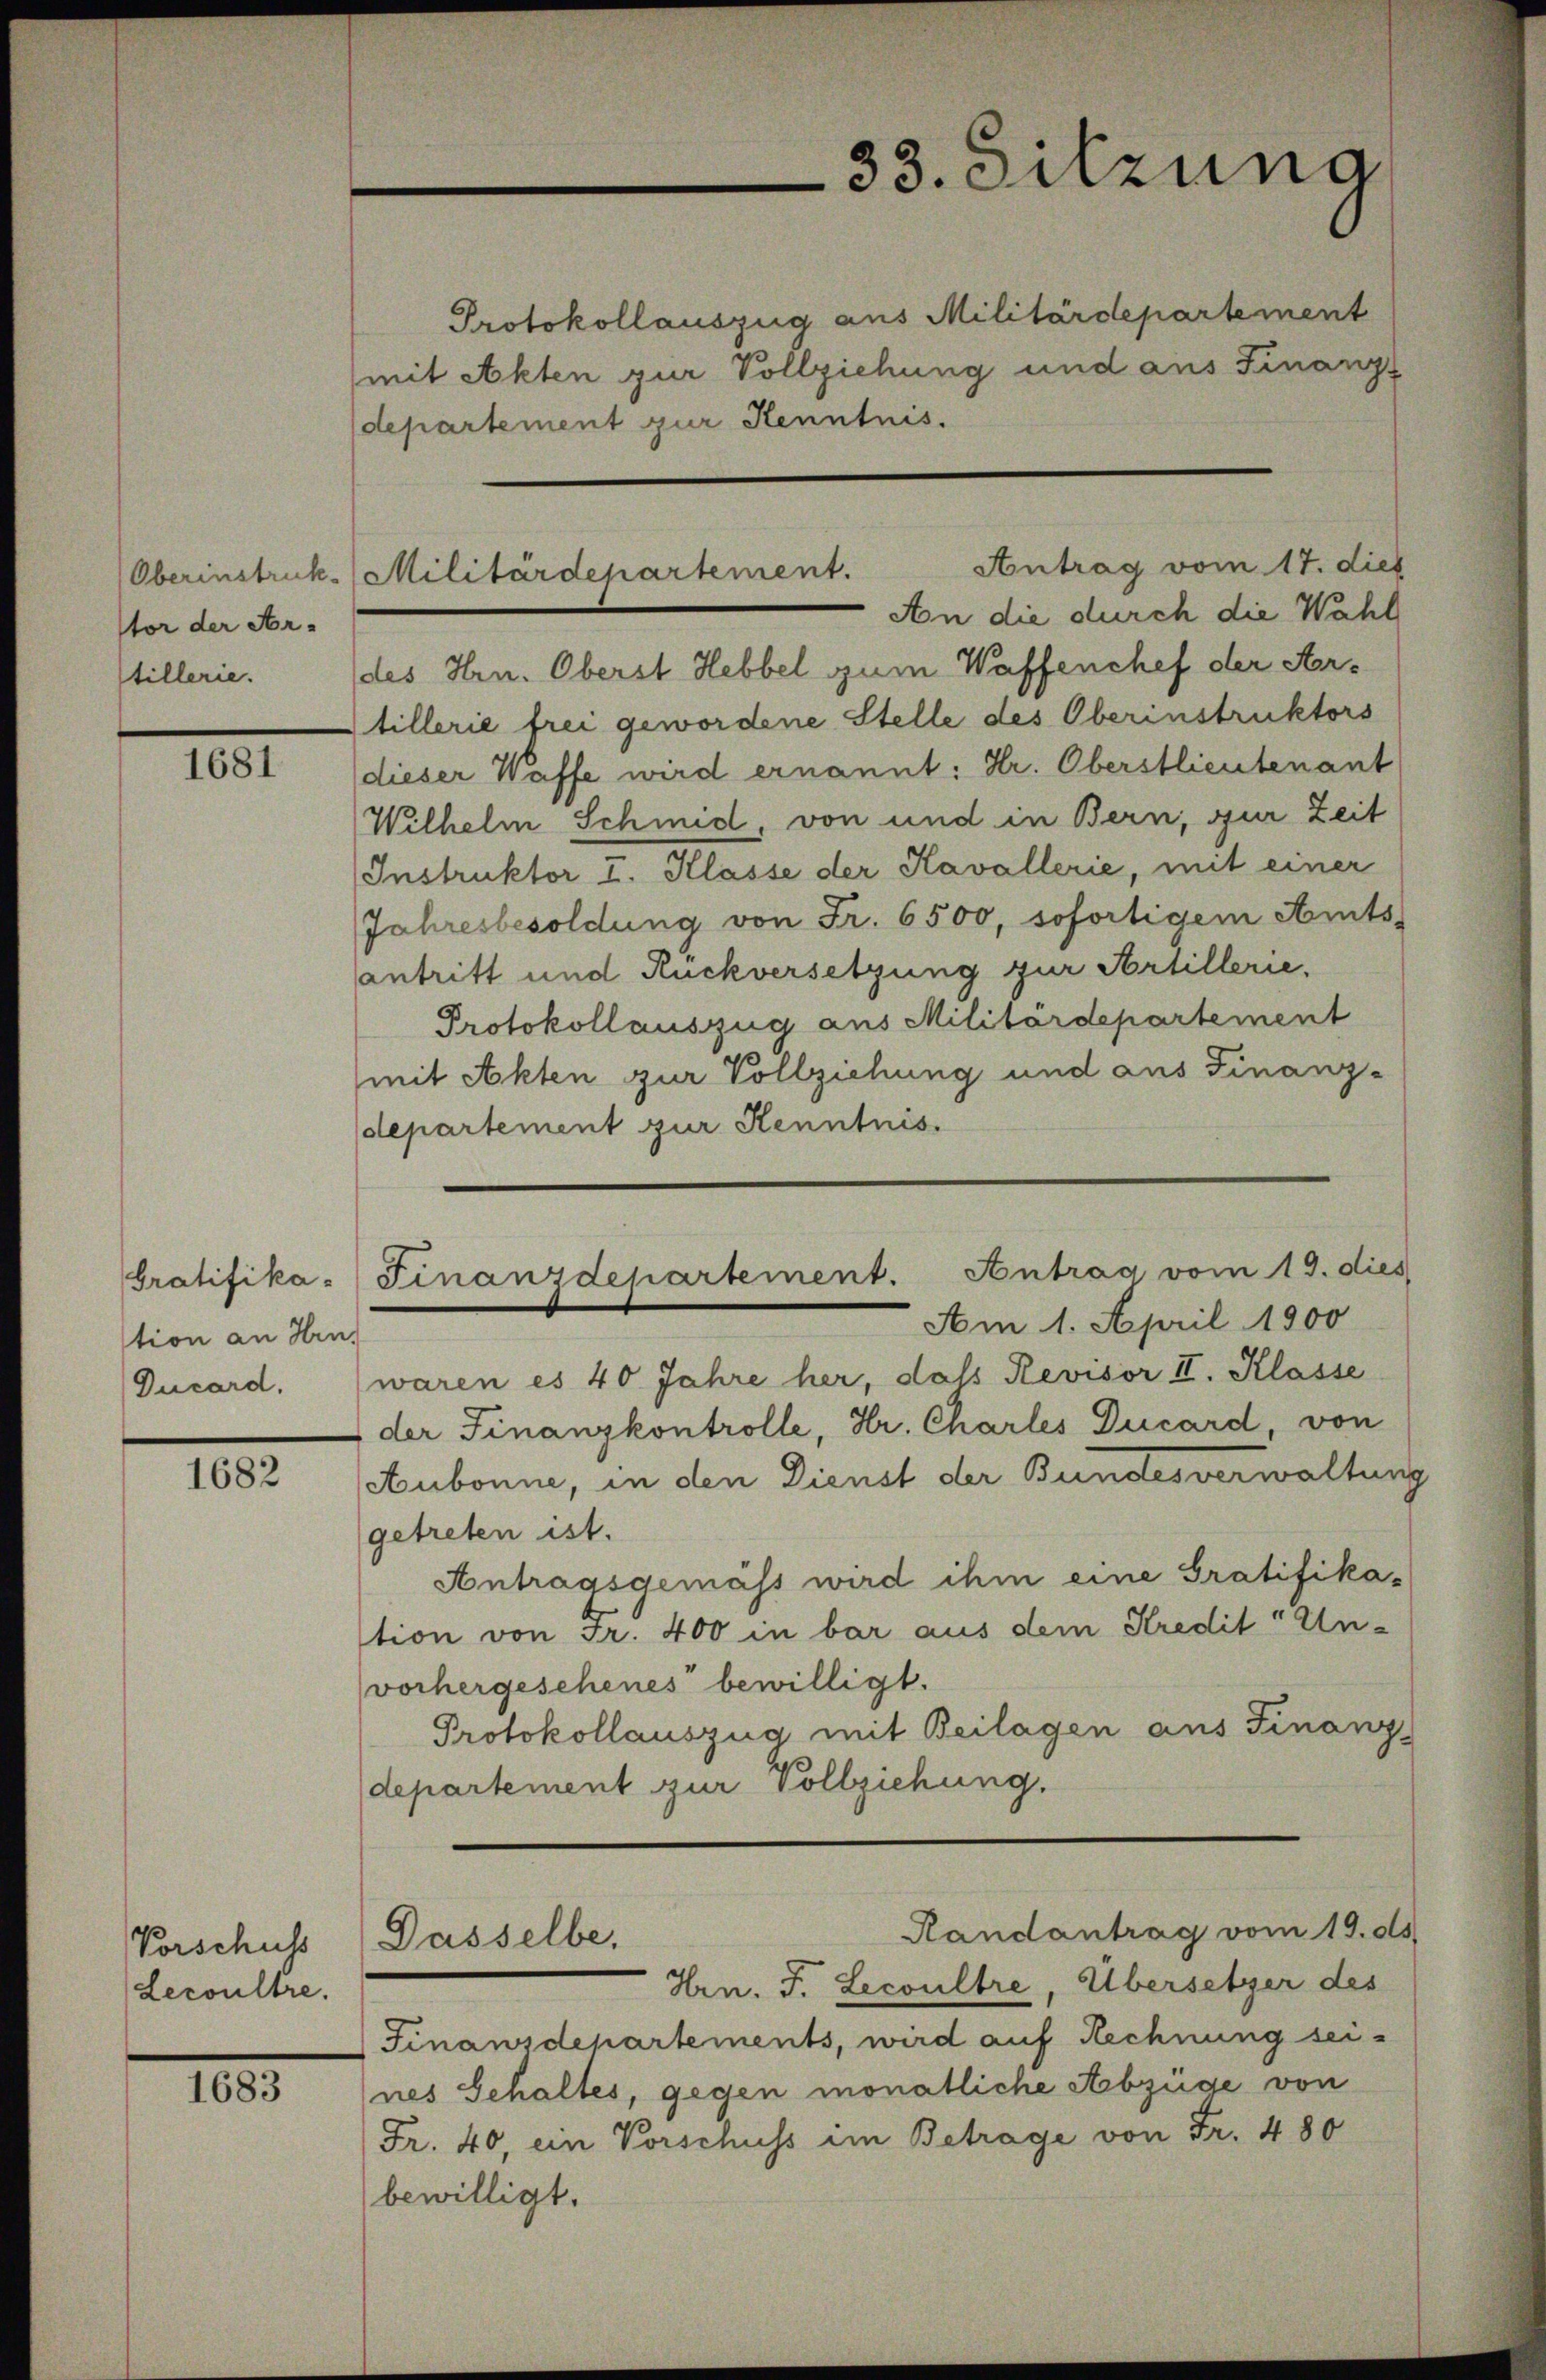
tor der Ar-
tillerie.

1681

tion an Hrn.
Ducard.

1682

Vorschuhs
Lecoultre.

1683

Protokollauszug aus Militärdepartement
mit Akten zur Vollziehung und aus Finanz-
departement zur Kenntnis.
Antrag vom 17. dies
An die durch die Wahl
des Hrn. Oberst Hebbel zum Waffenchef der Artillerie frei gewordene Stelle des Oberinstruktors
(dieser Waffe wird ernannt: Hr. Oberstlieutenant
Wilhelm Schmid, von und in Bern, zur Zeit
Instruktor I. Klasse der Kavallerie, mit einer
Jahresbesoldung von Fr. 6500, sofortigem Amts
antritt und Rückversetzung zur Artillerie.
Protokollauszug aus Militärdepartement
mit Akten zur Vollziehung und aus Finanz-
departement zur Kenntnis
bratifika-Finanzdepartement. Antrag vom 19. dies
Am 1. April 1900
waren es 40 Jahre her, das Revisor II. Klasse
(der Finanzkontrolle, Hr. Charles Ducard, von
Aubonne, in den Dienst der Bundesverwaltung
getreten ist.
Antragsgemäss wird ihm eine Gratifika-
tion von Fr. 400 in bar aus dem Kredit Unvorhergeschenes bewilligt.
Protokollauszug mit Beilagen aus Finanz
departement zur Vollziehung.
Randantrag vom 19. ds.
Dasselbe.
Hrn. J. Lecoultre, Übersetzer des
Finanzdepartements, wird auf Rechnung seines Schaltes, gegen monatliche Abzüge von
Fr. 40, ein Vorschuss im Betrage von Fr. 480
bewilligt.

Oberinstruck. Militärdepartement.

33. Sitzung